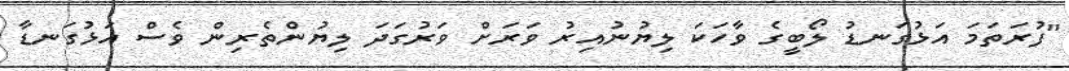
"ފުރަތަމަ އަޅުގަނޑު ލޯބީގެ ވާހަކަ ލިޔުނުއިރު ވަރަށް ވަރުގަދަ ލިޔުންތެރިން ވެސް އަޅުގަނޑާ